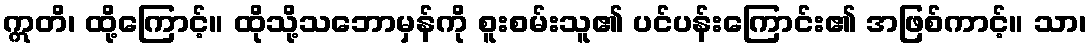
ဣတိ၊ ထို့ကြောင့်။ ထိုသို့သဘောမှန်ကို စူးစမ်းသူ၏ ပင်ပန်းကြောင်း၏ အဖြစ်ကာင့်။ သာ၊